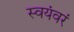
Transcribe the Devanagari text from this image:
स्वयंवरं